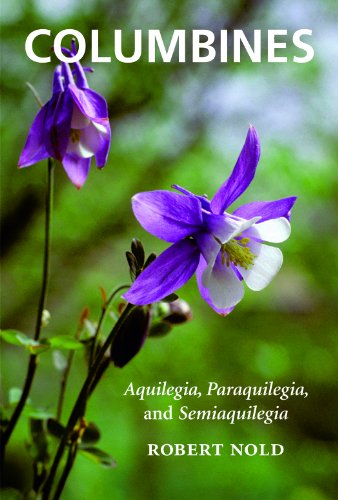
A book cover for Columbines: Aquilegia, Paraquilegia, and Semiaquilegia; Robert Nold; Crafts, Hobbies & Home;